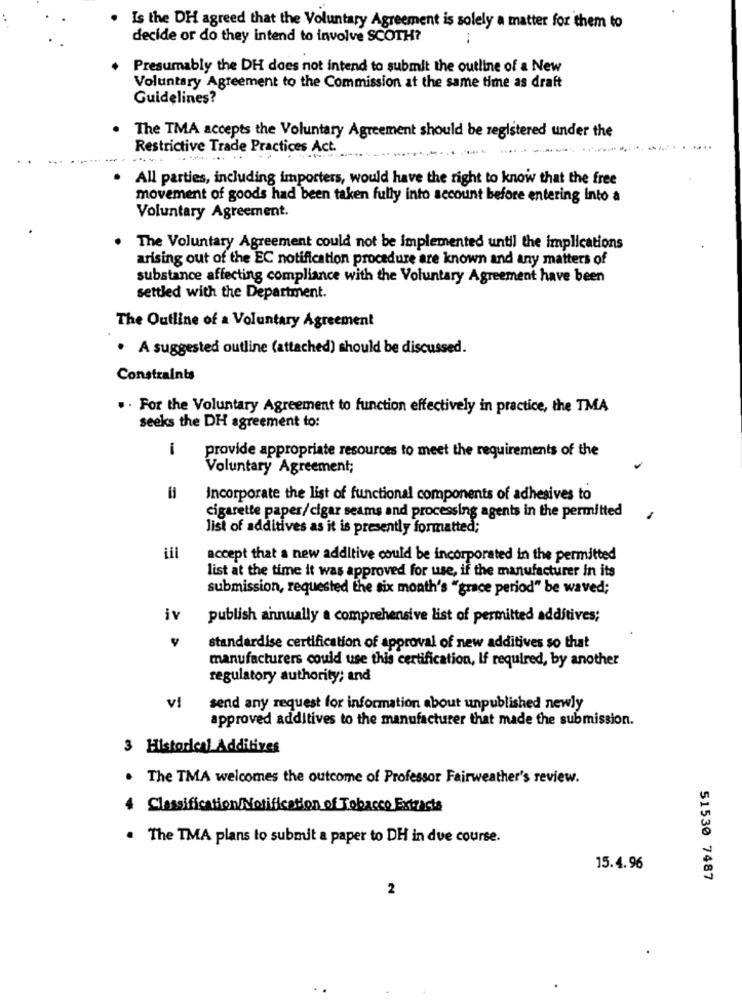
Is the DH agreed that the Voluntary Agreement is solely a matter for them to
decide or do they intend to involve SCOTH?
Presumably the DH does not intend to submit the outline of a New
Voluntary Agreement to the Commission at the same time as draft
Guidelines?
The TMA accepts the Voluntary Agreement should be registered under the
Restrictive Trade Practices Act.
........ ..
All parties, including importers, would have the right to know that the free
movement of goods had been taken fully into account before entering into a
Voluntary Agreement.
The Voluntary Agreement could not be implemented until the implications
arising out of the EC notification procedure are known and any matters of
substance affecting compliance with the Voluntary Agreement have been
settled with the Department.
The Outline of a Voluntary Agreement
. A suggested outline (attached) should be discussed.
Constraints
. . For the Voluntary Agreement to function effectively in practice, the TMA
seeks the DH agreement to:
provide appropriate resources to meet the requirements of the
-
Voluntary Agreement;
=
Incorporate the list of functional components of adhesives to
cigarette paper/cigar seams and processing agents in the permitted
list of additives as it is presently formatted;
accept that a new additive could be incorporated in the permitted
list at the time it was approved for use, if the manufacturer in its
submission, requested the six month's "grace period" be waved;
iv
publish annually a comprehensive list of permitted additives;
standardise certification of approval of new additives so that
manufacturers could use this certification, If required, by another
regulatory authority; and
vi
send any request for information about unpublished newly
approved additives to the manufacturer that made the submission.
3 Historical Additives
The TMA welcomes the outcome of Professor Fairweather's review.
Classification/Notification of Tobacco Extracts
. The TMA plans to submit a paper to DH in due course.
15.4.96
51530 7487
2